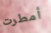
أمطرت